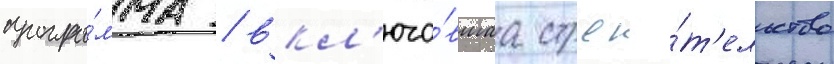
програ́мма / вкл'юча́вшаа строи́т'ельство